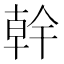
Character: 幹